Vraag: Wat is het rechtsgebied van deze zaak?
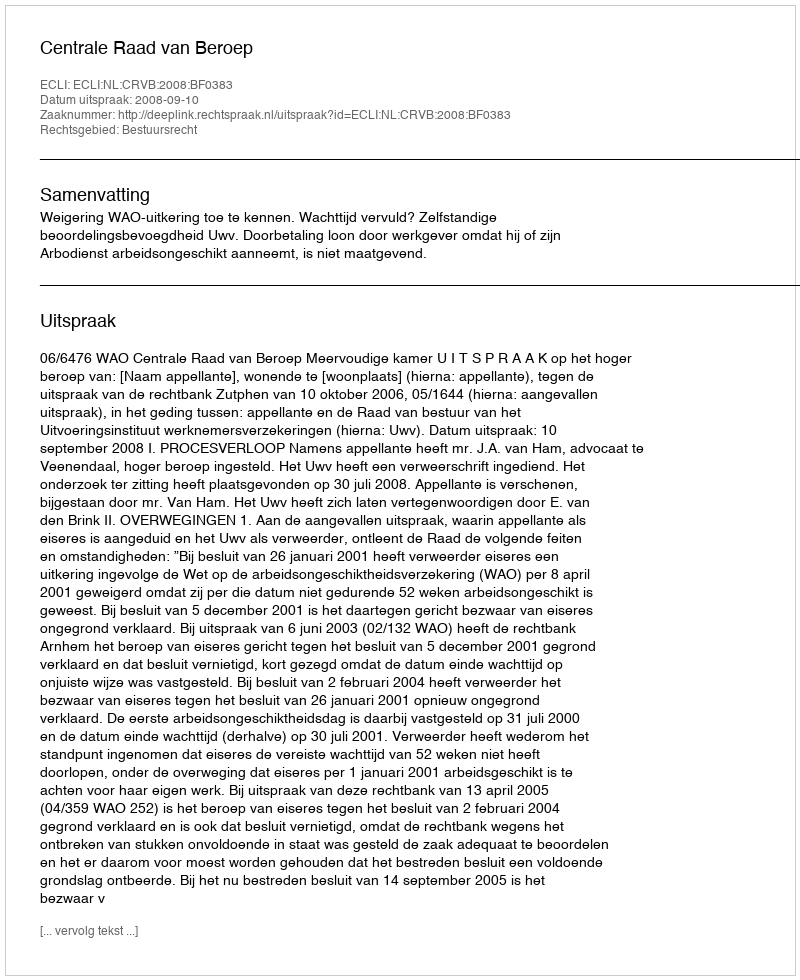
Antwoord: Bestuursrecht